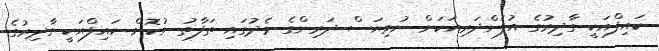
ކައިފްއަކީ ގާދިރުގެ އުފަންދަރިއަކަށް ނުވިޔަސް ދަރިންގެ މެދުގައި ތަފާތު ނުކޮށް ކައިފްއަކީ ގާދިރުގެ